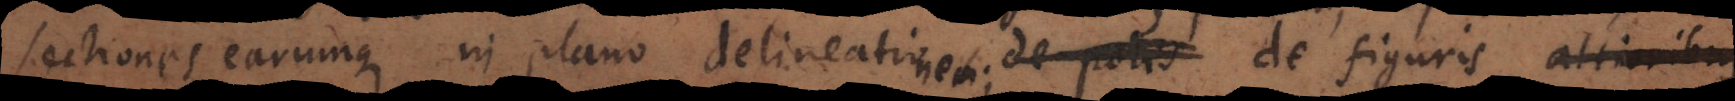
sectiones earumque in plano delineatio, de polis delineationem;